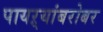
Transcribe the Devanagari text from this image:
पायऱ्यांबरोबर